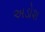
અડોશ